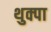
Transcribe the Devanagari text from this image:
थुक्पा